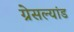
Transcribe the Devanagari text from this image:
ग्रेसल्यांड